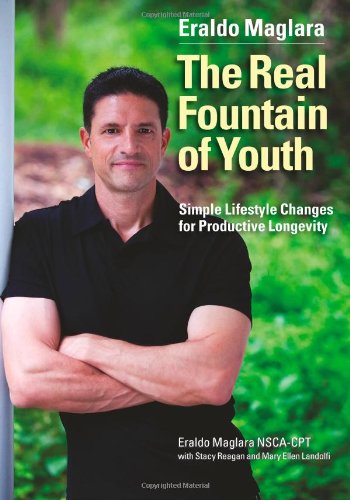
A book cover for The Real Fountain of Youth: Simple Lifestyle Changes for Productive Longevity; Eraldo Maglara; Health, Fitness & Dieting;